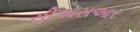
સીએસઆર